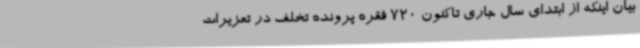
بیان اینکه از ابتدای سال جاری تاکنون 720 فقره پرونده تخلف در تعزیرات